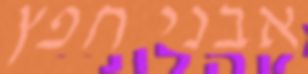
אבני חפץ